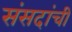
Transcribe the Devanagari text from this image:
संसदांची